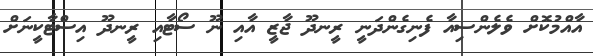
އާއްމުކޮށް ވެލެންސިއާ ފެނިގެންދަނީ ރީނދޫ ޖާޒީ އާއި ނޫ ސޯޓާއި ރީނދޫ އިސްޓާކީނަށް